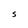
Character: S